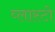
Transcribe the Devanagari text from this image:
व्लास्टो